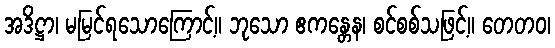
အဒိဋ္ဌာ၊ မမြင်ရသောကြောင့်။ ဘုသော ဧကန္တေန၊ စင်စစ်သဖြင့်။ တေတဝ၊